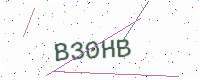
Text: B30HB